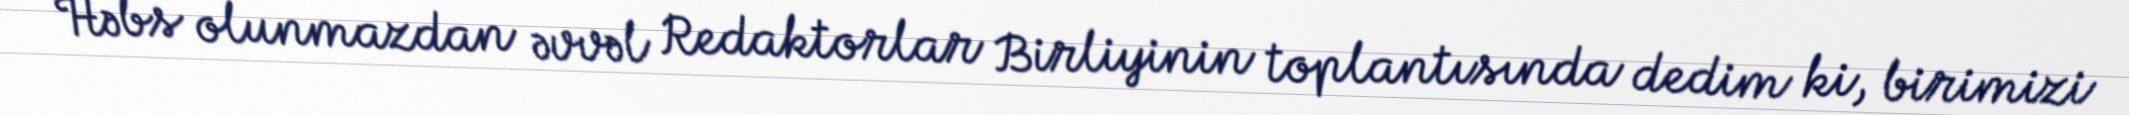
Həbs olunmazdan əvvəl Redaktorlar Birliyinin toplantısında dedim ki, birimizi